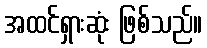
အထင်ရှားဆုံး ဖြစ်သည်။